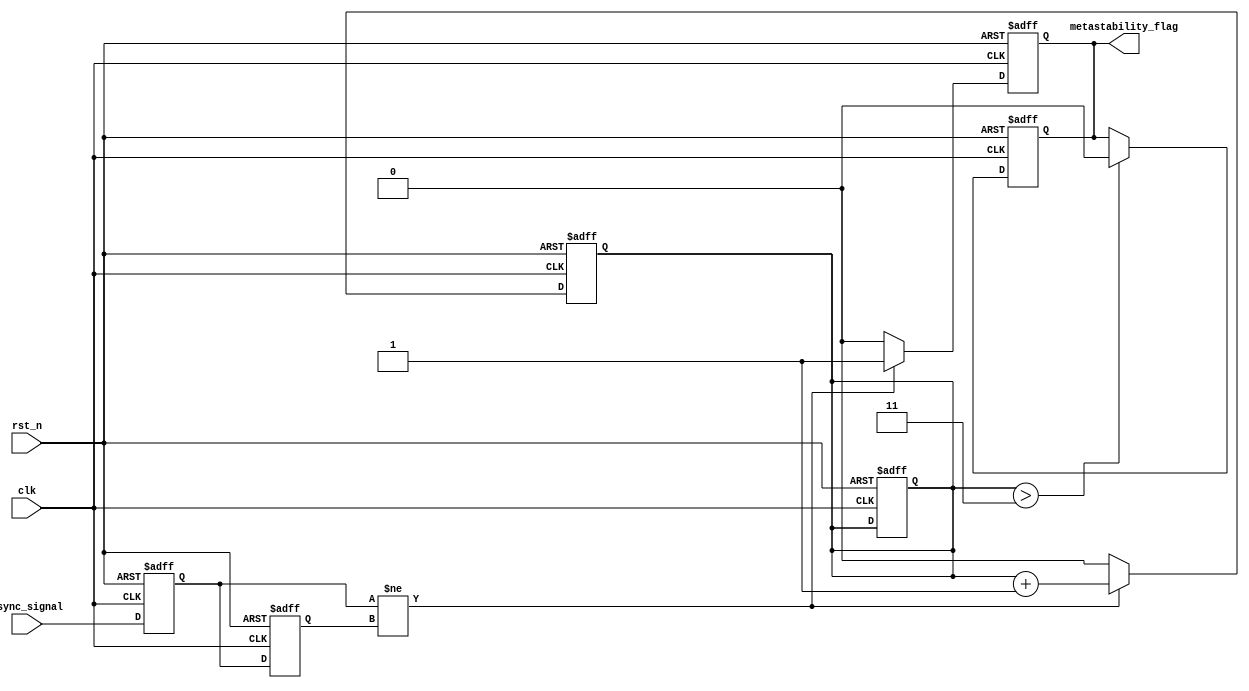
module metastability_detector (
    input wire clk,                // Clock signal
    input wire rst_n,              // Active low reset
    input wire async_signal,       // Asynchronous input signal
    output reg metastability_flag   // Flag indicating metastability
);
    reg latch_1;                  // First latch
    reg latch_2;                  // Second latch
    reg stable_count;             // Stable count to monitor stabilization

    // Latch sampling mechanism
    always @(posedge clk or negedge rst_n) begin
        if (!rst_n) begin
            latch_1 <= 1'b0;
            stable_count <= 0;
        end else begin
            latch_1 <= async_signal; // Sample async signal at rising edge
        end
    end

    always @(posedge clk or negedge rst_n) begin
        if (!rst_n) begin
            latch_2 <= 1'b0;
            metastability_flag <= 1'b0;
            stable_count <= 0;
        end else begin
            latch_2 <= latch_1; // Sample the output of the first latch
            // Check if both latches are different on the clock edge
            if (latch_1 != latch_2) begin
                metastability_flag <= 1'b1; // Metastability detected
                stable_count <= stable_count + 1;
            end else begin
                // Reset stable count if output stabilizes
                stable_count <= 0;
                metastability_flag <= 1'b0; // Clear flag if stable
            end
        end
    end

    // Reset the metastability flag after a defined number of stable counts
    always @(posedge clk or negedge rst_n) begin
        if (!rst_n) begin
            metastability_flag <= 1'b0;
        end else if (stable_count > 3) begin // Example of a stabilization threshold
            metastability_flag <= 1'b0; // Clear flag after stabilization
        end
    end

endmodule